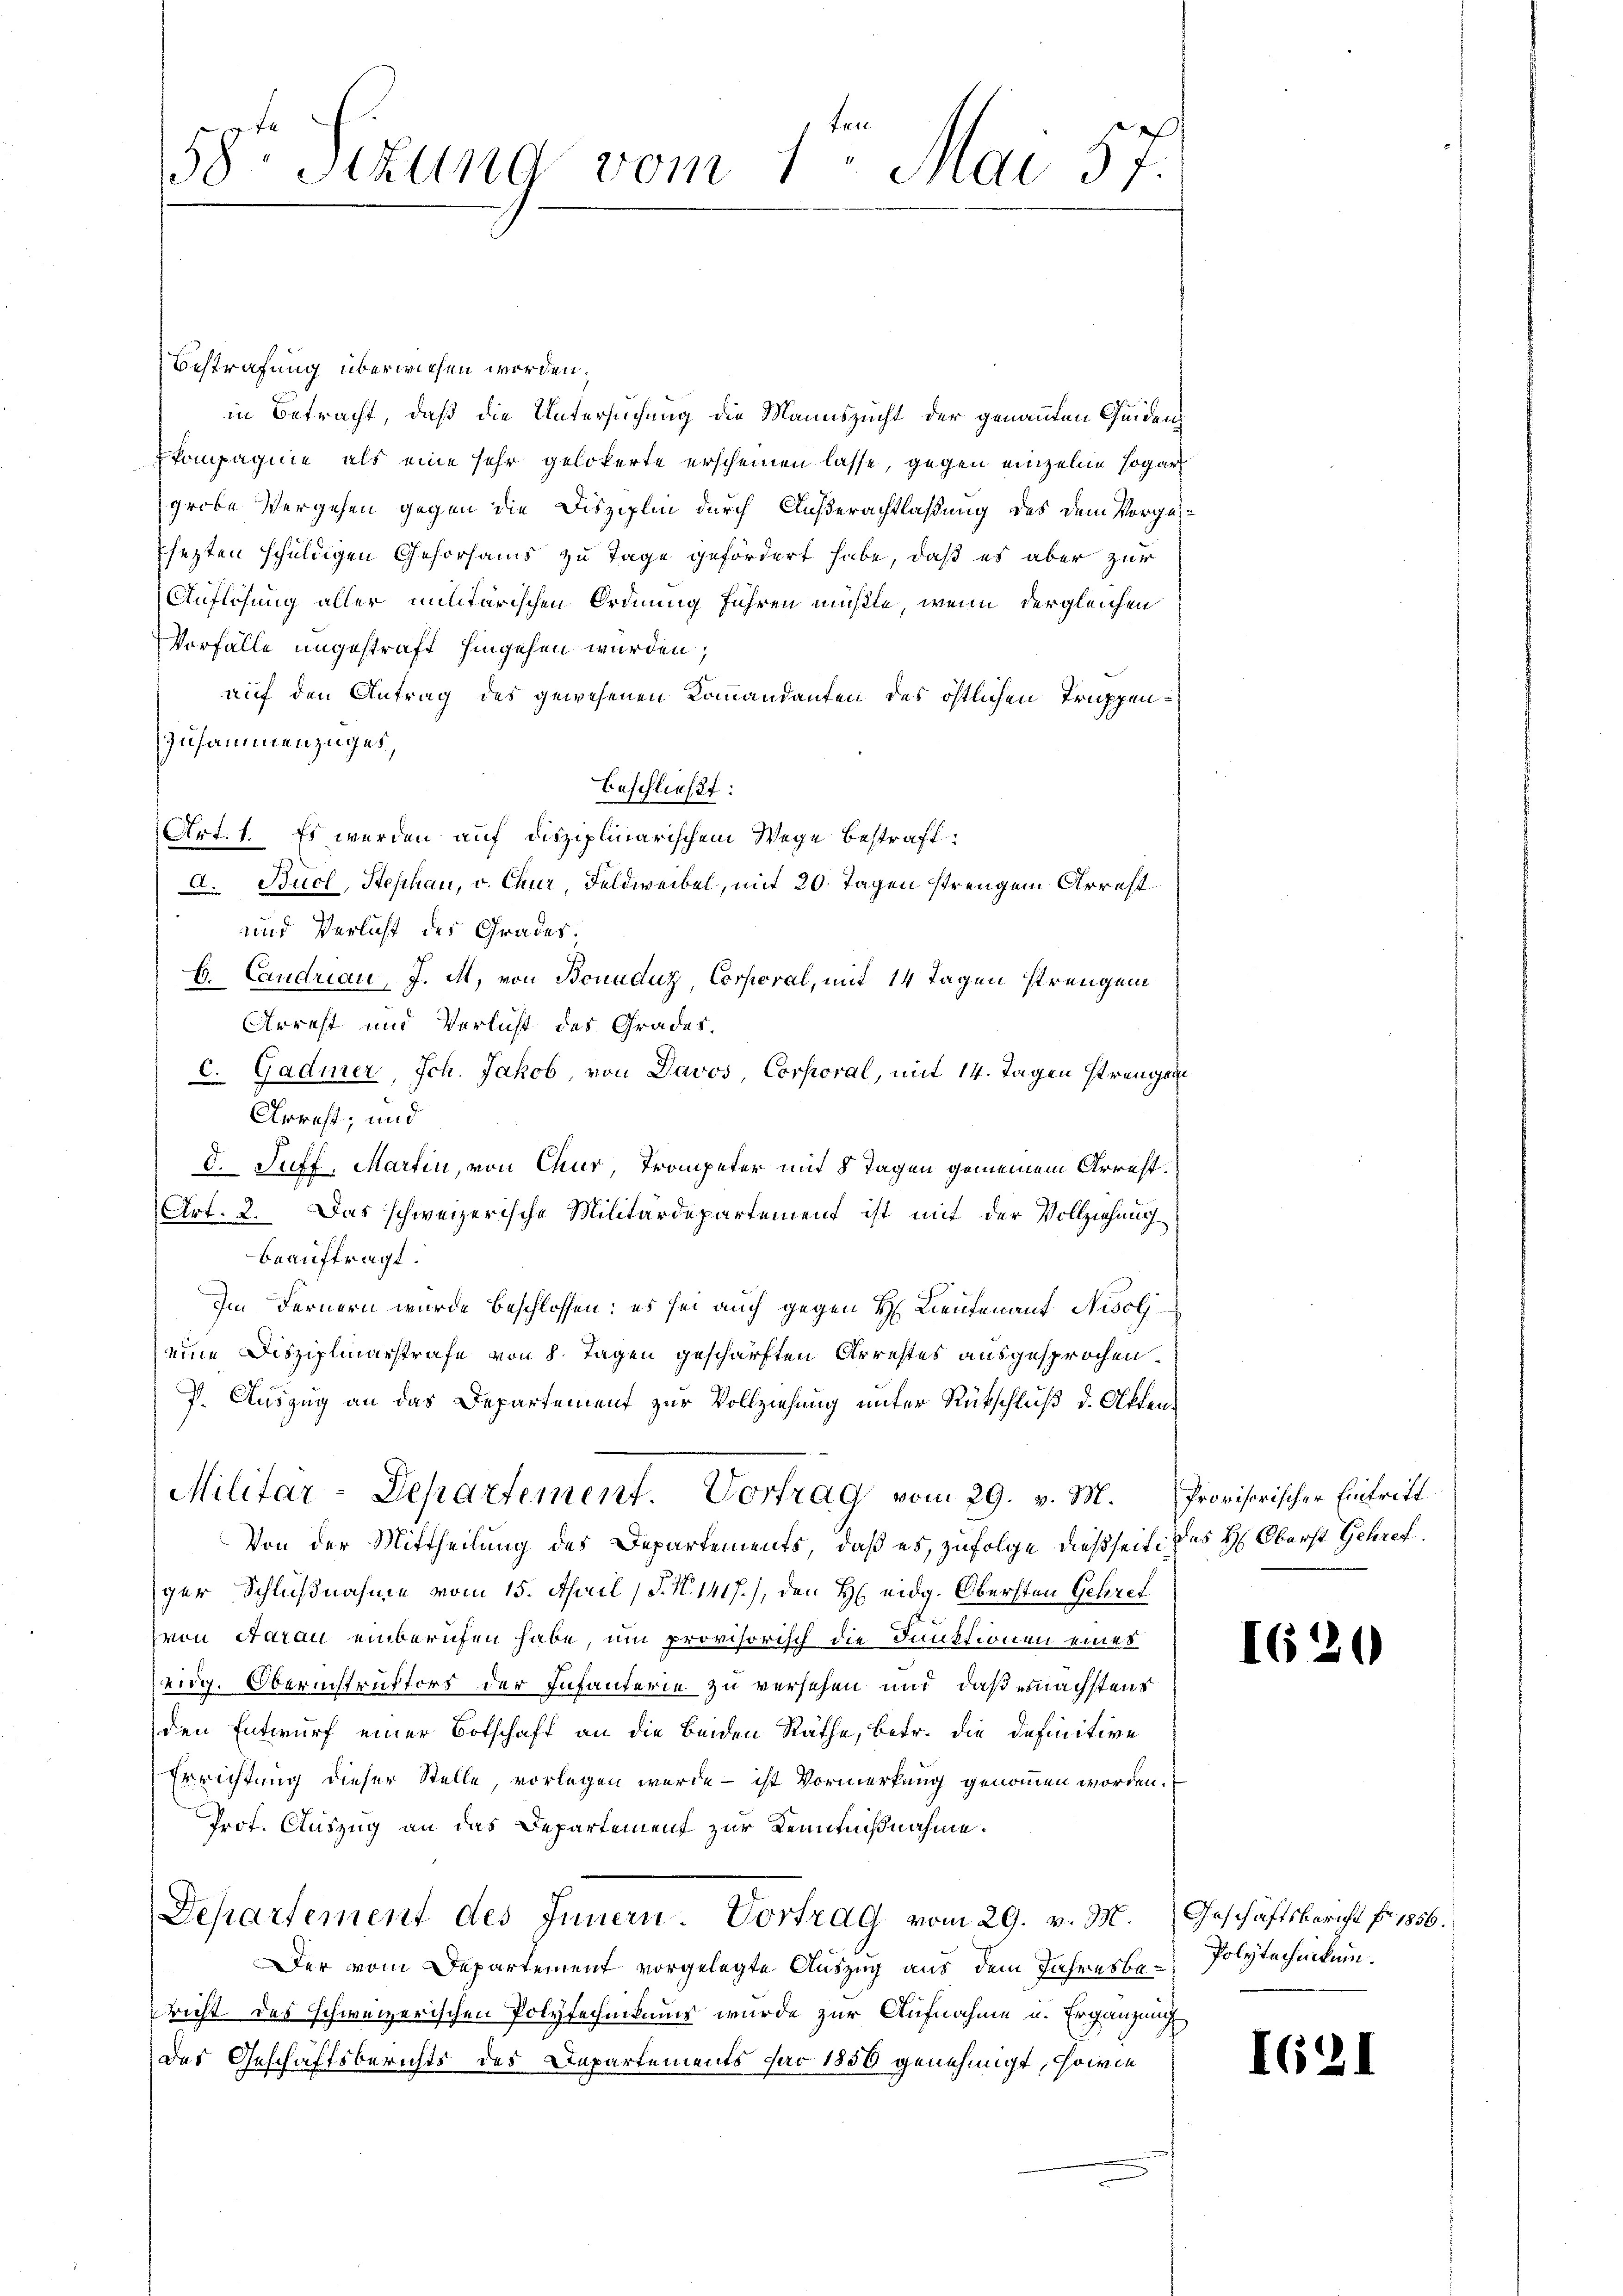
58. Sitzung vom 1. Mai 57

Bestrafung überwiesen worden;
in Betracht, daß die Untersuchung die Mannszucht der genannten Quiden
kompagnie als eine sehr gelokerte erscheinen lasse, gegen einzelne sogar
grobe Vergehen gegen die Disziplin durch Außerachtlaßung des dem Vorgassezten schuldigen Gehorsams zu Tage gefördert habe, daß es aber zur
Auflösung aller militarischen Ordnung führen mußte, wenn dergleichen
Vorfälle ungestraft hingehen wurden;
auf den Antrag des gewesenen Kommandanten des östlichen Truppen¬
Zusammenzuges,
beschließt:
Art. 1. Es werden auf disziplinarischem Wege bestraft:
d. Bucl, Stephan, v. Chur Feldweibel, mit 20 Tagen strengen Arrest
und Verlicht des Grades.
E. Candrian, J. M. von Bonaduz, Corporal, mit 14 Tagen strengem
Arrest und Verlicht des Grades.
c. Gadmer, Ich. Jakob, von Davos, Corporal, mit 14. Tagen strengen
Arrest; und
d. Suff, Martin, von Chur, Trompeter mit 8 Tagen gemeinem Arrest.
Art. 2. Das schweizerische Militärdepartement ist mit der Vollziehung
beauftragt.
Im Fernern wurde beschlossen: es sei auch gegen H. Lieutenant Nisol
eine Disziplinarstrafe von 8 Tagen geschärften Arrestes ausgesprochen.
P. Auszug an das Departement zur Vollziehung unter Rütschluß d. Atten¬
Militar-Departement. Vortrag vom 29. v. M. Provisorischer Eintritt
Von der Mittheilung des Departements, daß es, zufolge dießseit des H: Oberst Getrefger Schlußnahme vom 15. April (S. N. 1417), den H. eidg. Obersten Gehret
von Aarau einberufen habe, um provisorisch die Funktionen eines
eig. Oberinstruffort der Infanterie zu versehen und daß ernächstens
den Entwurf einer Botschaft an die Beiden Räthe, betr. die definitive
Errichtung dieser Stelle, vorlegen wurde – ist Vormerkung genommen worden.
Prof. Auszug an das Departement zur Kenntnißnahme.
Departement des Innern. Vortrag vom 29. v. M. Geschäftsbericht fr. 1856.
Der vom Departement vorgelegte Auszug aus dem Jahresbe- Polytechnikum.
richt des schweizerischen Polytechnikums wurde zur Aufnahme u. Ergänzung
des Geschäftsberichts des Departements par 1850 genehmigt, sowie

1620

I6.

d